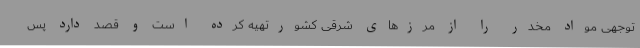
توجهی مواد مخدر را از مرزهای شرقی کشورتهیه کرده است و قصد دارد پس